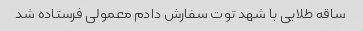
ساقه طلایی با شهد توت سفارش دادم معمولی فرستاده شد